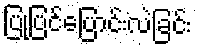
ပြုပြင်ပြောင်းလဲခြင်း